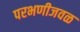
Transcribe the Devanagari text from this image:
परभणीजवळ